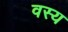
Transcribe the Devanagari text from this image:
वस्य